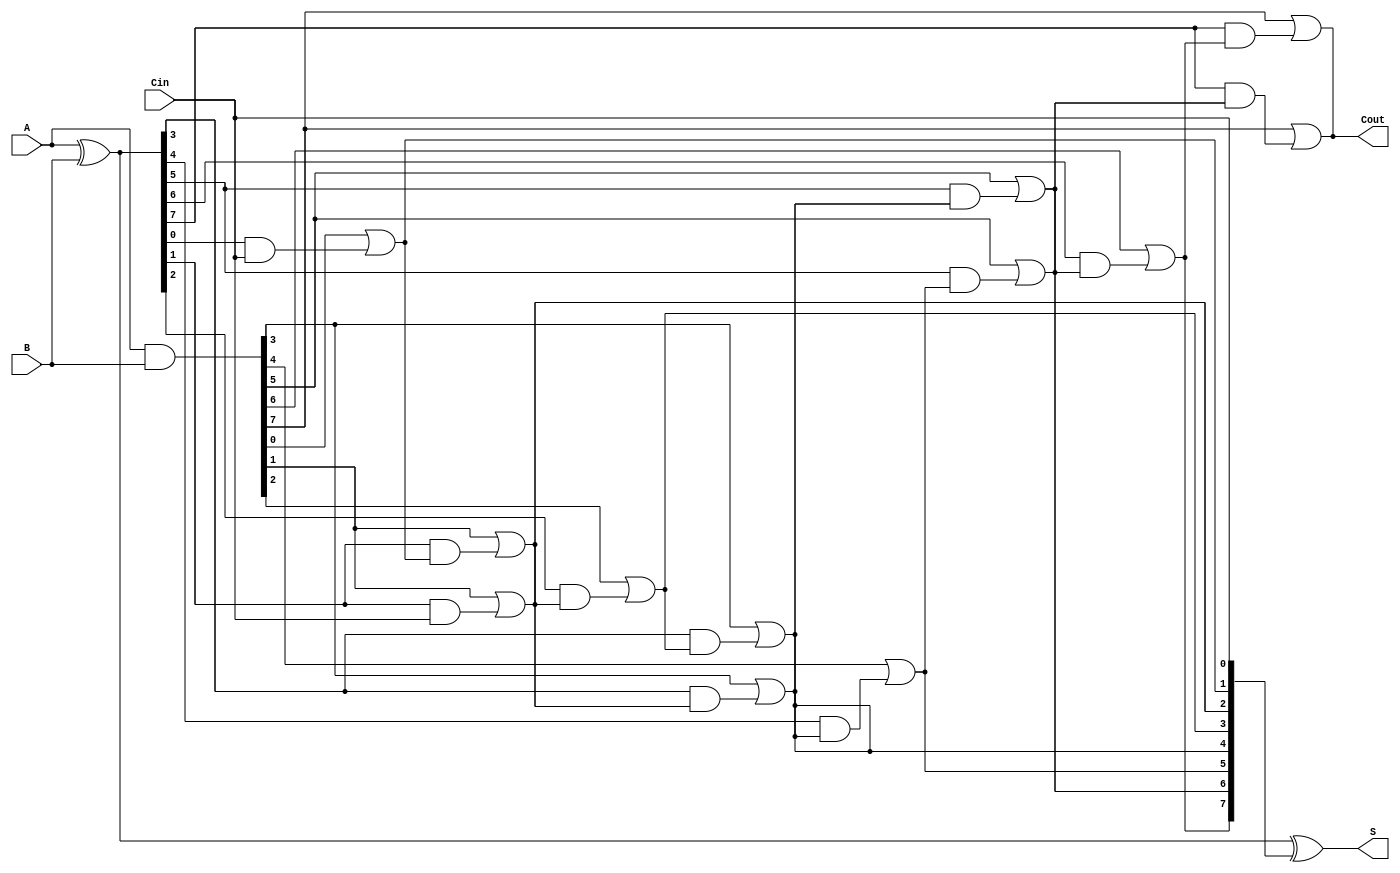
module ParallelPrefixAdder #(
    parameter n = 8 // Width of the input operands
)(
    input  [n-1:0] A,  // First operand
    input  [n-1:0] B,  // Second operand
    input          Cin, // Carry-in
    output [n-1:0] S,   // Sum output
    output         Cout  // Carry-out
);

    // Generate and Propagate signals
    wire [n-1:0] G; // Generate
    wire [n-1:0] P; // Propagate
    wire [n:0] C;    // Carry signals (C[0] = Cin)

    // Generate and Propagate calculations
    assign G = A & B;          // G[i] = A[i] & B[i]
    assign P = A ^ B;          // P[i] = A[i] ^ B[i]

    // Carry signals calculation using Kogge-Stone structure
    assign C[0] = Cin; // Initial carry-in

    genvar i, j;
    // Level 1
    generate
        for (i = 0; i < n; i = i + 1) begin : level1
            assign C[i + 1] = G[i] | (P[i] & C[i]);
        end
    endgenerate

    // Level 2
    generate
        for (i = 0; i < n-1; i = i + 2) begin : level2
            assign C[i + 2] = G[i + 1] | (P[i + 1] & C[i]);
        end
    endgenerate

    // Level 3
    generate
        for (i = 0; i < n-3; i = i + 4) begin : level3
            assign C[i + 4] = G[i + 3] | (P[i + 3] & C[i + 2]);
        end
    endgenerate

    // Final Sum calculation
    assign S = P ^ C[n-1:0]; // S[i] = P[i] ^ C[i]

    // Carry-out
    assign Cout = C[n]; // Final carry-out

endmodule